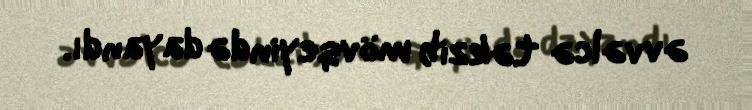
əvvəlcə təkzib mövqeyində dayandı.